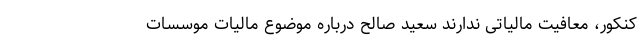
کنکور، معافیت مالیاتی ندارند سعید صالح درباره موضوع مالیات موسسات